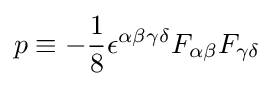
p\equiv -{\frac {1}{8}}\epsilon ^{\alpha \beta \gamma \delta }F_{\alpha \beta }F_{\gamma \delta }